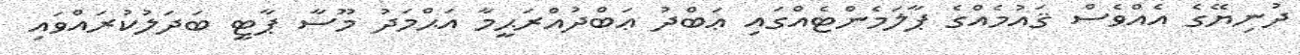
ދުނިޔޭގެ އެއްވެސް ޤައުމެއްގެ ޕާލަމެންޓެއްގައި ޢަބްދު ޢަބްދުއްރަޙީމާ އަޙްމަދު މޫސާ ޕާޓީ ބަދަލުކުރައްވައި